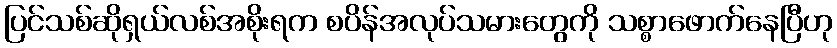
ပြင်သစ်ဆိုရှယ်လစ်အစိုးရက စပိန်အလုပ်သမားတွေကို သစ္စာဖောက်နေပြီဟု